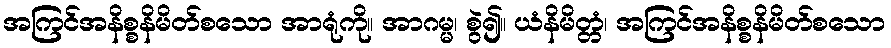
အကြင်အနိစ္စနိမိတ်စသော အာရုံကို။ အာဂမ္မ၊ စွဲ၍။ ယံနိမိတ္တံ၊ အကြင်အနိစ္စနိမိတ်စသော